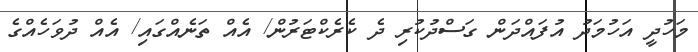
މަހުދީ އަހުމަދު އުފައްދަން ގަސްދުކުރި ދެ ކެރެކްޓަރުން/ އެއް ތަނެއްގައި/ އެއް ދުވަހެއްގެ